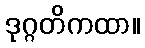
ဒုဂ္ဂတိကထာ။